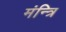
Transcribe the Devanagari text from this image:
मंन्त्रि